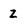
Character: Z